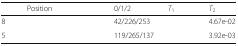
<table><thead><tr><td>[EMPTY_CELL]</td><td><b>Position</b></td><td><b>0/1/2</b></td><td><b><i>T</i><sub>1</sub></b></td><td><b><i>T</i><sub>2</sub></b></td></tr></thead><tbody><tr><td>8</td><td>[EMPTY_CELL]</td><td>42/226/253</td><td>[EMPTY_CELL]</td><td>4.67e-02</td></tr><tr><td>5</td><td>[EMPTY_CELL]</td><td>119/265/137</td><td>[EMPTY_CELL]</td><td>3.92e-03</td></tr></tbody></table>